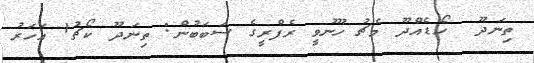
ތިނަދޫ  ހޯޑެއްދޫ މެޗު ހޫނުވީ ރެފްރީގެ ސަބަބުން: ތިނަދޫ ކޯޗު1 އަހަރު